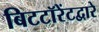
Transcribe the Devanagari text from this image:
बिटटॉरेंटद्वारे